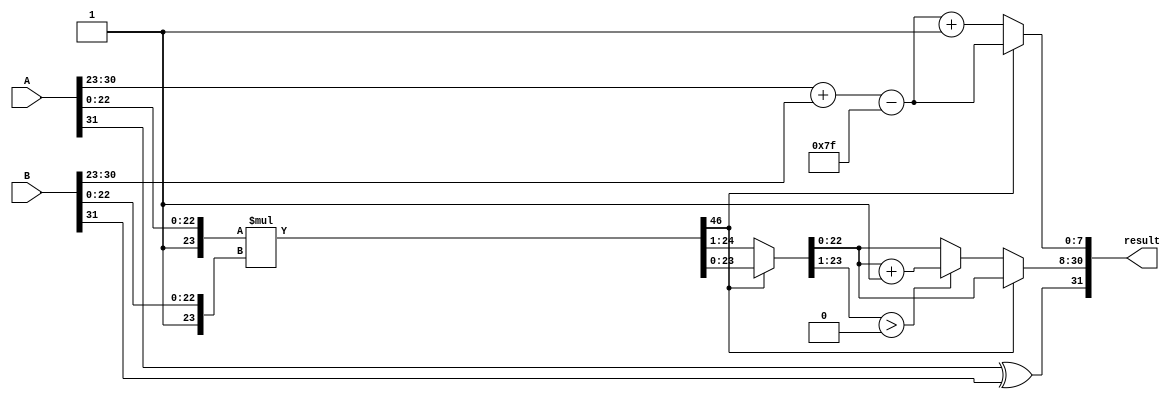
module radix2_fp_multiplier #(
    parameter E = 8, // Number of exponent bits
    parameter M = 23, // Number of significand bits
    parameter BIAS = 127 // Bias for the exponent
)(
    input wire [E + M + 1 - 1:0] A, // Input A (sign, exponent, significand)
    input wire [E + M + 1 - 1:0] B, // Input B (sign, exponent, significand)
    output reg [E + M + 1 - 1:0] result // Output result (sign, exponent, significand)
);

    // Internal signals
    wire sign_A = A[E + M]; // Sign bit of A
    wire sign_B = B[E + M]; // Sign bit of B
    wire [E-1:0] exp_A = A[E + M - 1:E + M - E]; // Exponent of A
    wire [E-1:0] exp_B = B[E + M - 1:E + M - E]; // Exponent of B
    wire [M:0] significand_A = {1'b1, A[M - 1:0]}; // Implicit leading 1 for A
    wire [M:0] significand_B = {1'b1, B[M - 1:0]}; // Implicit leading 1 for B
    
    // Sign of the result
    wire result_sign = sign_A ^ sign_B;

    // Exponent calculation
    wire [E:0] exp_result = exp_A + exp_B - BIAS; // Result exponent without normalization

    // Significand multiplication
    wire [2*M:0] significand_product = significand_A * significand_B;

    // Normalization
    reg [E:0] normalized_exp;
    reg [M:0] normalized_significand;
    reg normalized;

    always @(*) begin
        // Default values
        normalized_exp = exp_result;
        normalized_significand = significand_product;
        normalized = 1'b0;

        // Check normalization
        if (significand_product[2*M] == 1'b0) begin
            // Right shift and adjust exponent
            normalized_significand = significand_product >> 1;
            normalized_exp = exp_result + 1;
            normalized = 1'b1;
        end
    end

    // Rounding (Simple rounding towards nearest)
    reg [M:0] rounded_significand;
    
    always @(*) begin
        if (normalized) begin
            // Rounding logic
            if (normalized_significand[M:1] >
                {M{1'b0}}) begin // Check if we need to round
                rounded_significand = normalized_significand + 1;
            end else begin
                rounded_significand = normalized_significand;
            end
        end else begin
            rounded_significand = normalized_significand;
        end
    end

    // Final output assembly
    always @(*) begin
        result = {result_sign, rounded_significand[M - 1:0], normalized_exp[E - 1:0]};
    end

endmodule